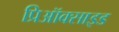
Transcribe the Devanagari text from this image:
प्रिऑक्साइड